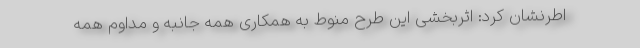
اطرنشان کرد: اثربخشی این طرح منوط به همکاری همه جانبه و مداوم همه